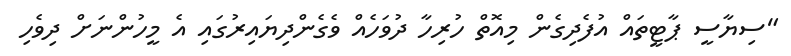
"ސިޔާސީ ޕާޓީތައް އުފެދިގެން މިއޮތް ހުރިހާ ދުވަހެއް ވެގެންދިޔައިރުގައި އެ މީހުންނަށް ދިވެހި